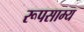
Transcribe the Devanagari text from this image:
रूपसाम्य